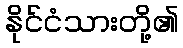
နိုင်ငံသားတို့၏